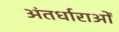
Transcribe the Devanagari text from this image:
अंतर्धाराओं